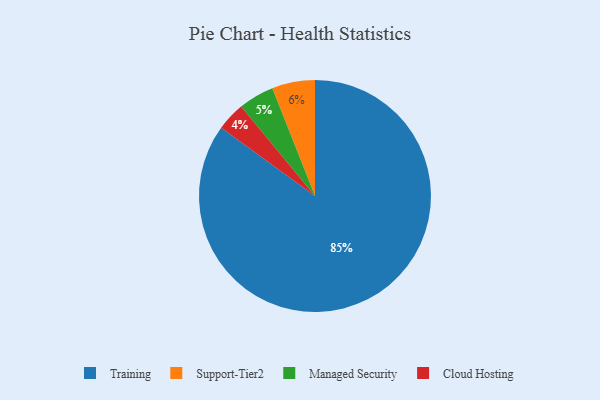
{"axis": {"x": "Category", "y": "Percentage"}, "legend": ["Cloud Hosting", "Managed Security", "Support-Tier2", "Training"], "data": [{"x": "Support-Tier2", "y": 6, "type": "Support-Tier2"}, {"x": "Training", "y": 85, "type": "Training"}, {"x": "Managed Security", "y": 5, "type": "Managed Security"}, {"x": "Cloud Hosting", "y": 4, "type": "Cloud Hosting"}]}